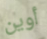
أوين